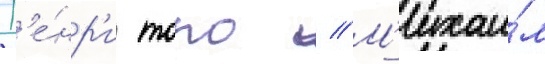
Г'е́нр'и торо // М'ихаи́л